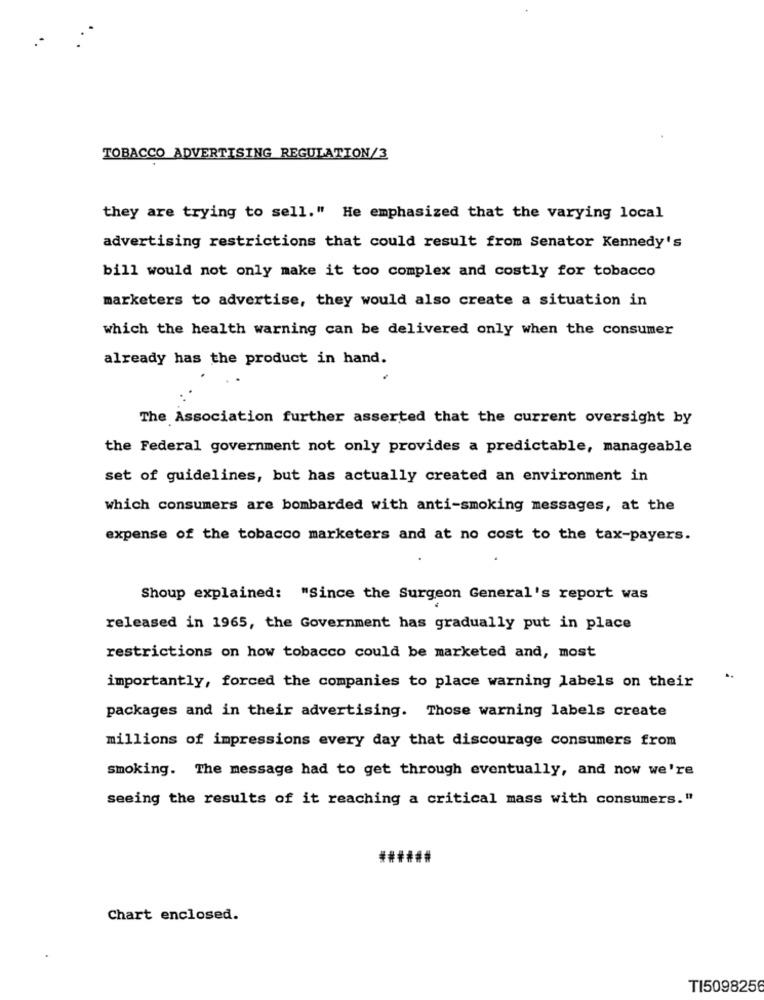
TOBACCO ADVERTISING REGULATION/3
they are trying to sell." He emphasized that the varying local
advertising restrictions that could result from Senator Kennedy's
bill would not only make it too complex and costly for tobacco
marketers to advertise, they would also create a situation in
which the health warning can be delivered only when the consumer
already has the product in hand.
The Association further asserted that the current oversight by
the Federal government not only provides a predictable, manageable
set of guidelines, but has actually created an environment in
which consumers are bombarded with anti-smoking messages, at the
expense of the tobacco marketers and at no cost to the tax-payers.
Shoup explained: "Since the Surgeon General's report was
released in 1965, the Government has gradually put in place
restrictions on how tobacco could be marketed and, most
importantly, forced the companies to place warning labels on their
packages and in their advertising. Those warning labels create
millions of impressions every day that discourage consumers from
smoking. The message had to get through eventually, and now we're
seeing the results of it reaching a critical mass with consumers."
Chart enclosed.
TI5098256